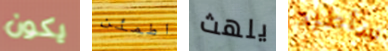
يكون اطمئن يلهث سأطرد